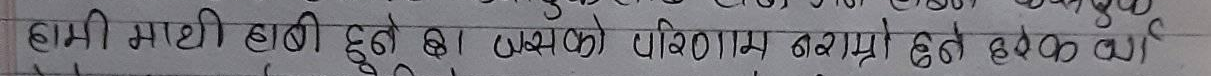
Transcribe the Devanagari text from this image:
हामी माथि हावी हुनेछ । यसको परिणाम नराम्रो हुनेछ वा